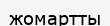
жомартты